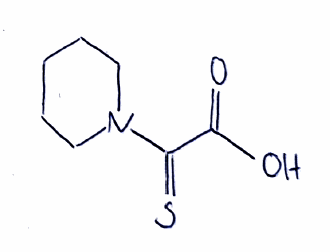
Simplified molecular-input line-entry system (SMILES) notation of the given molecule:
C1CCN(CC1)C(=S)C(=O)O